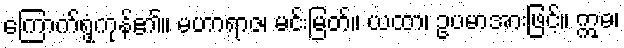
ကြောက်ရွံ့ကုန်၏။ မဟာရာဇ၊ မင်းမြတ်။ ယထာ၊ ဥပမာအားဖြင့်။ ဣဓ၊